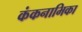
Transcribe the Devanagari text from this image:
कंकनाभिका